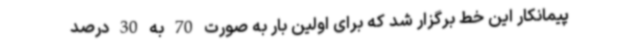
پیمانکار این خط برگزار شد که برای اولین بار به صورت 70 به 30 درصد